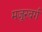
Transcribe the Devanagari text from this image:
मजूरवर्ग